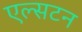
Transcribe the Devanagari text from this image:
एल्सटन